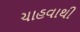
ચાહવાથી